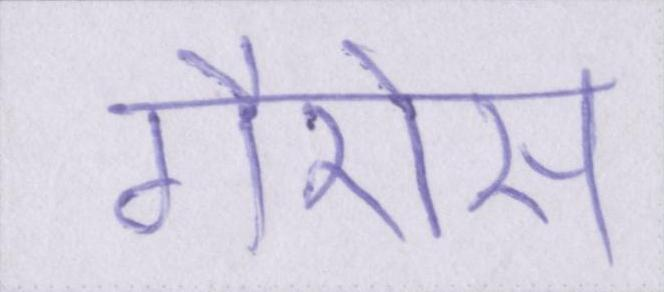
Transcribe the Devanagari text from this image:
गैरोस